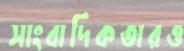
সাংবাদিকতারও